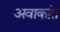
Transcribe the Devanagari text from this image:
अवाकांत